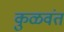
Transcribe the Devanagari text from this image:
कुळवंत